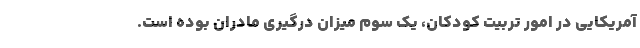
آمریکایی در امور تربیت کودکان، یک سوم میزان درگیری مادران بوده است.